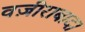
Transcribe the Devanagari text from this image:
वज़ीराबाद।